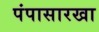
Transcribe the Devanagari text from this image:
पंपासारखा